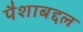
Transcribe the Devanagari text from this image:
पैशाबद्दल